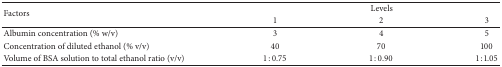
| <ROWSPAN=2> Factors | <COLSPAN=3> Levels |
 | 1 | 2 | 3 |
 | --- | --- | --- | --- |
 | Albumin concentration (% w/v) | 3 | 4 | 5 |
 | Concentration of diluted ethanol (% v/v) | 40 | 70 | 100 |
 | Volume of BSA solution to total ethanol ratio (v/v) | 1 : 0.75 | 1 : 0.90 | 1 : 1.05 |